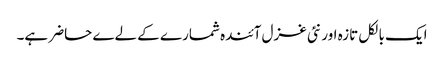
ایک بالکل تازہ اور نئی غزل آئندہ شمارے کے لےے حاضر ہے۔